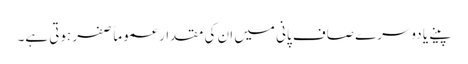
پینے یا دوسرے صاف پانی میں ان کی مقدار عموماً صفر ہوتی ہے۔